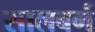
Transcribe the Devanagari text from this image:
सालबर्ग